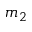
m _ { 2 }